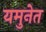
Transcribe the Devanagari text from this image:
यमुनेत